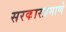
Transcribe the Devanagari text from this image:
सरकारप्रमाणे